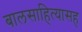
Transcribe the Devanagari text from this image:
बालसाहित्यासह